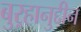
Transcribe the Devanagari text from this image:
बुऱ्हानुद्दीन